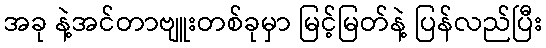
အခု နဲ့အင်တာဗျူးတစ်ခုမှာ မြင့်မြတ်နဲ့ ပြန်လည်ပြီး